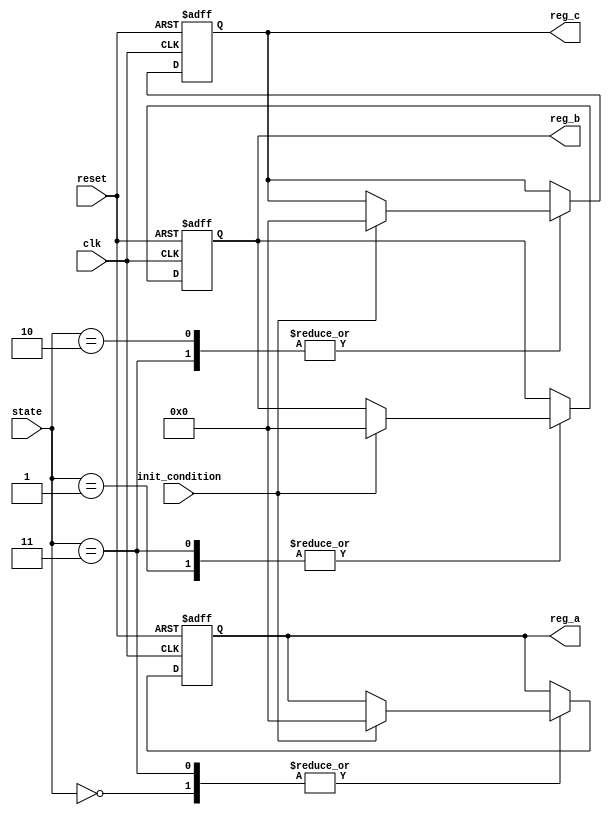
module conditional_initialization #(
    parameter DATA_WIDTH = 8,
    parameter INIT_VALUE = 0
)(
    input wire clk,
    input wire reset,
    input wire [1:0] state, // Example state input
    input wire init_condition, // Condition for initialization
    output reg [DATA_WIDTH-1:0] reg_a,
    output reg [DATA_WIDTH-1:0] reg_b,
    output reg [DATA_WIDTH-1:0] reg_c
);

    // Default initialization values
    localparam DEFAULT_A = 8'hFF;
    localparam DEFAULT_B = 8'hAA;
    localparam DEFAULT_C = 8'h55;

    always @(posedge clk or posedge reset) begin
        if (reset) begin
            // Complete reinitialization on reset
            reg_a <= DEFAULT_A;
            reg_b <= DEFAULT_B;
            reg_c <= DEFAULT_C;
        end else begin
            // Conditional initialization based on state and condition
            case (state)
                2'b00: begin // State 0
                    if (init_condition) begin
                        reg_a <= INIT_VALUE; // Initialize reg_a
                    end
                end
                2'b01: begin // State 1
                    if (init_condition) begin
                        reg_b <= INIT_VALUE; // Initialize reg_b
                    end
                end
                2'b10: begin // State 2
                    if (init_condition) begin
                        reg_c <= INIT_VALUE; // Initialize reg_c
                    end
                end
                2'b11: begin // State 3
                    // Initialize all registers in a specific sequence
                    if (init_condition) begin
                        reg_a <= INIT_VALUE; // Initialize reg_a
                        reg_b <= INIT_VALUE; // Initialize reg_b
                        reg_c <= INIT_VALUE; // Initialize reg_c
                    end
                end
                default: begin
                    // No initialization in other states
                end
            endcase
        end
    end

endmodule